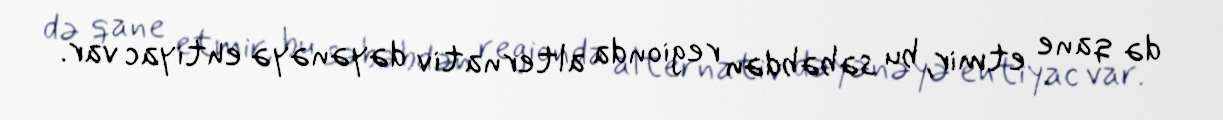
də qane etmir, bu səbəbdən regionda alternativ dəyənəyə ehtiyac var.